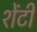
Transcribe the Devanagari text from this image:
शेंटी